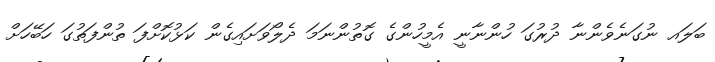
ބަލައ ނުގަނެވެންނާ ދުރުގަ ހުންނާނީ އެމީހުންގެ ގޮތުންނަމަ ދެލޯވަށައިގެން ކަޅުކޮށްފަ ތުންފަތުގަ ހަބޭހަށް